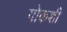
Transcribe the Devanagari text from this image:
गोकशी